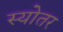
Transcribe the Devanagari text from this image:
स्योतर